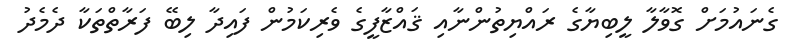
ގެނައުމަށް ގޮވާލާ ލީބިޔާގެ ރައްޔިތުންނާއި ޤައްޒާފީގެ ވެރިކަމުން ފައިދާ ލިބޭ ފަރާތްތަކާ ދެމެދު